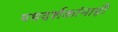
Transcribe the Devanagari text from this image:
पथदर्शकांनाही